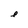
Character: e